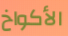
الأكواخ